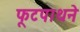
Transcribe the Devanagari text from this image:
फूटपाथने